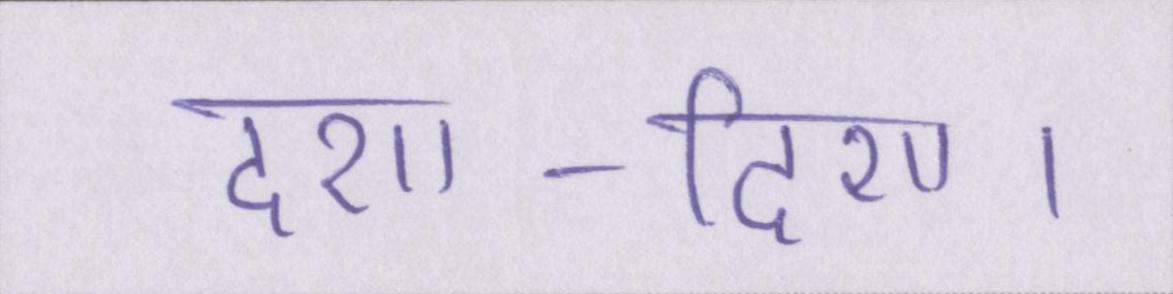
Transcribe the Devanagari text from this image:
दशा-दिशा।